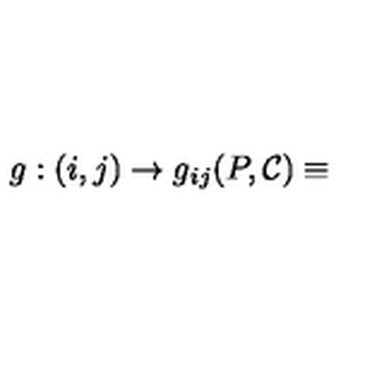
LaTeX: g : ( i , j ) \rightarrow { } g _ { i j } ( P , { \cal { C } } ) \equiv